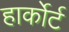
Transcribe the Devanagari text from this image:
हार्कोर्ट